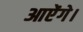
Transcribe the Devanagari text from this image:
आऐंगे।